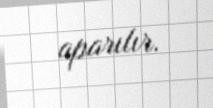
aparılır.